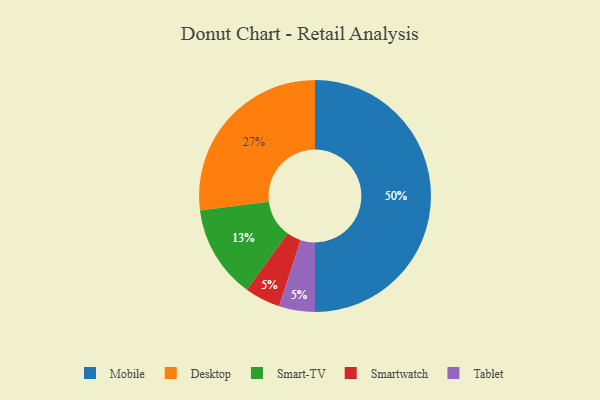
{"axis": {"x": "Category", "y": "Percentage"}, "legend": ["Desktop", "Mobile", "Smart-TV", "Smartwatch", "Tablet"], "data": [{"x": "Desktop", "y": 27, "type": "Desktop"}, {"x": "Smartwatch", "y": 5, "type": "Smartwatch"}, {"x": "Smart-TV", "y": 13, "type": "Smart-TV"}, {"x": "Mobile", "y": 50, "type": "Mobile"}, {"x": "Tablet", "y": 5, "type": "Tablet"}]}